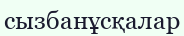
сызбанұсқалар